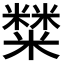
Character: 𥼬